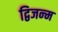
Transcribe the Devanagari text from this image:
द्विजन्‍म